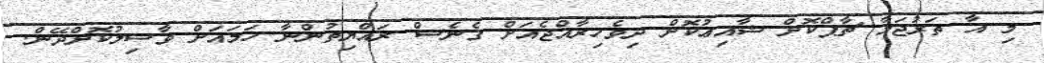
މި އާ ތަރުޖަމާ ޗާޕްކޮށް ޝާއިޢުކޮށް ދިވެހިރާއްޖެއަށް ގެނެސް ރައްޔިތުންނާ ހަމައަށް ވާސިލުކޮށްދޭން.